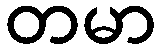
တမာ